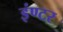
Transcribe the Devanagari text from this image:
इंण्टर